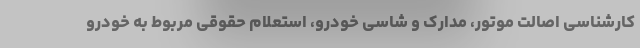
کارشناسی اصالت موتور، مدارک و شاسی خودرو، استعلام حقوقی مربوط به خودرو